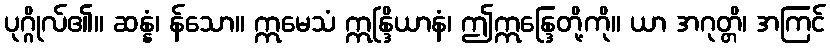
ပုဂ္ဂိုလ်၏။ ဆန္နံ၊ န်သော။ ဣမေသံ ဣန္ဒြိယာနံ၊ ဤဣန္ဒြေတို့ကို။ ယာ အဂုတ္တိ၊ အကြင်